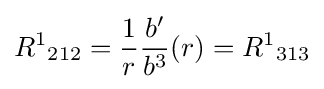
{R^{1}}_{212}={\frac {1}{r}}{\frac {b'}{b^{3}}}(r)={R^{1}}_{313}